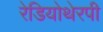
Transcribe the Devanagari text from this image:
रेडियोथेरपी